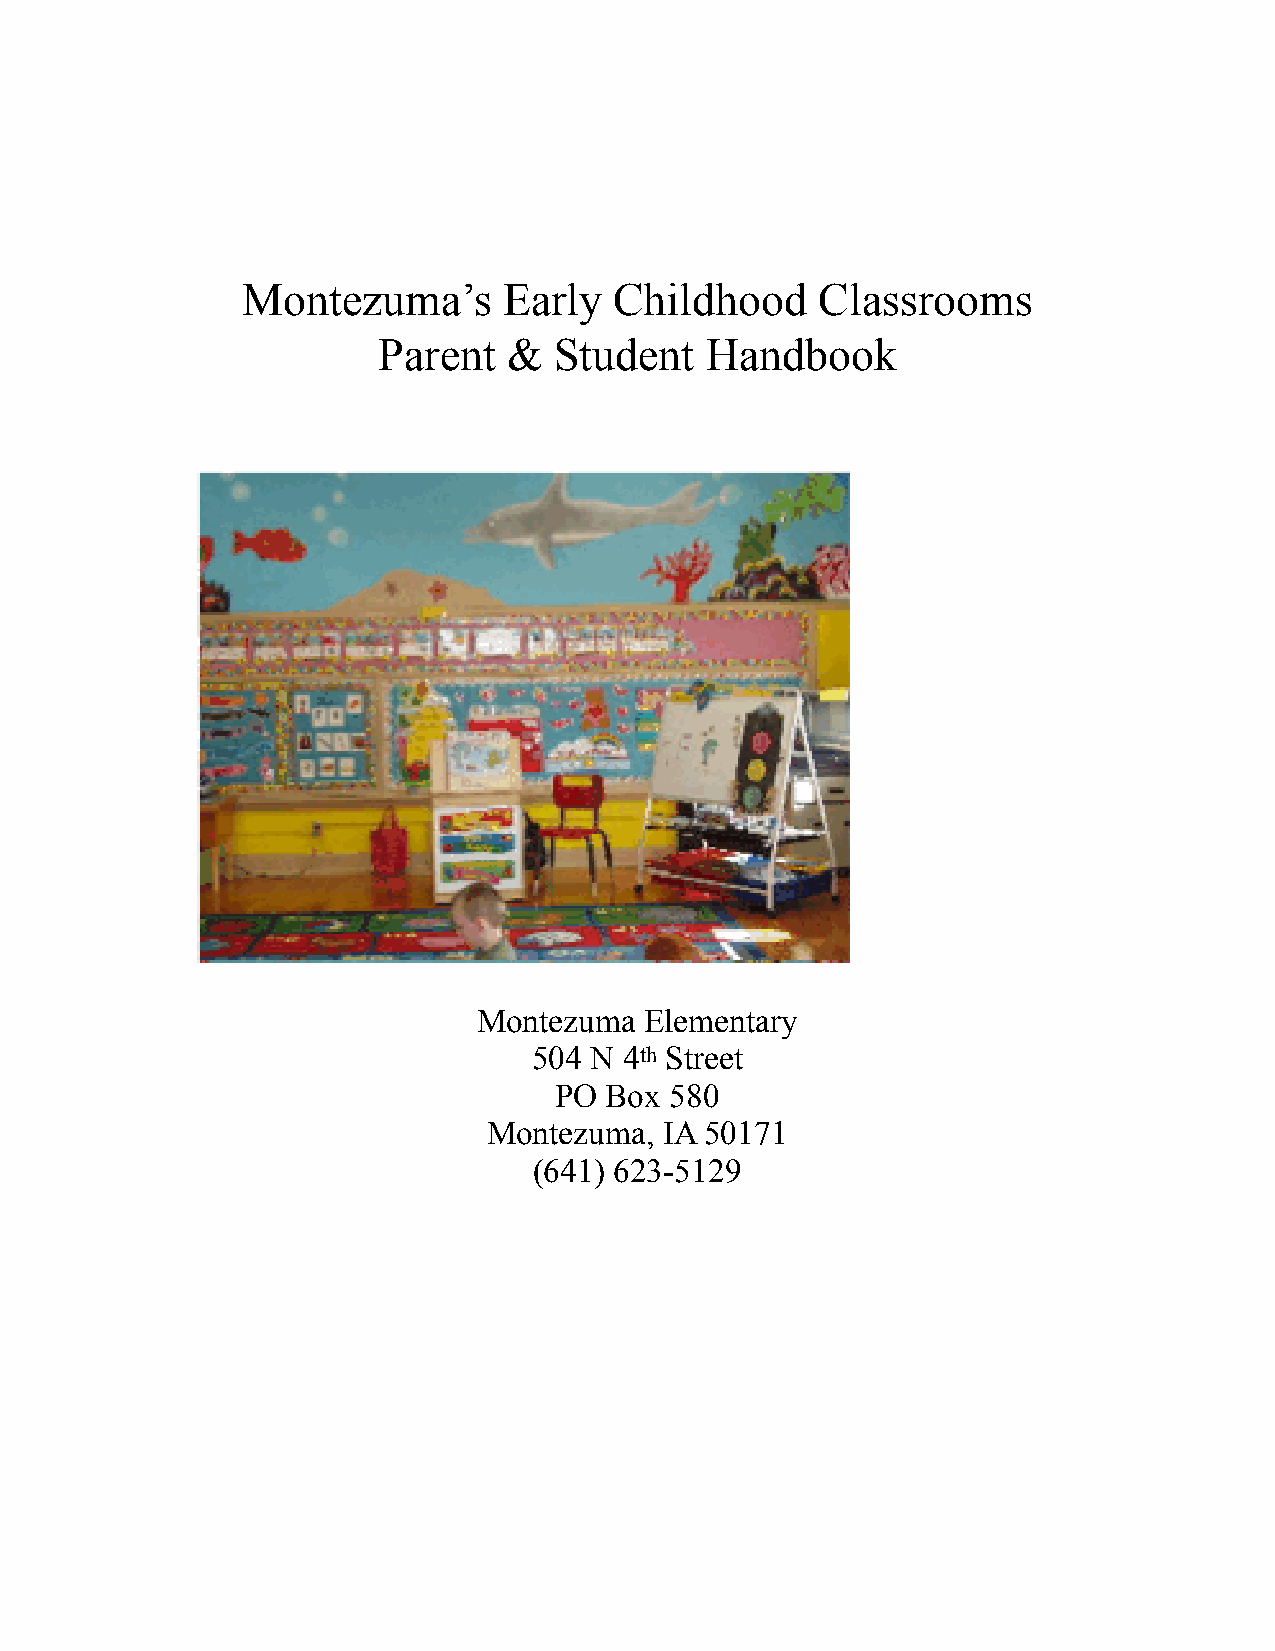
Montezuma’s      Early   Childhood    Classrooms
 Parent   &  Student   Handbook
 Montezuma  Elementary
 504 N 4th Street
 PO Box 580
 Montezuma,  IA 50171
 (641) 623-5129